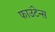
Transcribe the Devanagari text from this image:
फाउंटेन्स